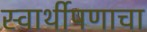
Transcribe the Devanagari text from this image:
स्वार्थीपणाचा